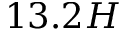
1 3 . 2 H